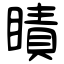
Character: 瞔